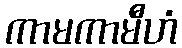
ကာမကာမီဟံ